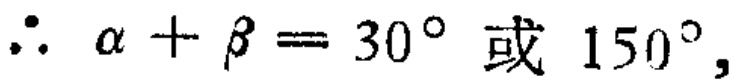
\(\therefore \alpha + \beta = 30^{\circ} \text{ 或 } 150^{\circ},\)